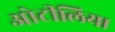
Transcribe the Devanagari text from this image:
ओटीलिया